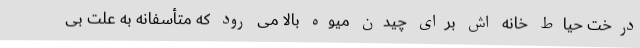
درخت حیاط خانه اش برای چیدن میوه بالا می رود که متأسفانه به علت بی